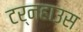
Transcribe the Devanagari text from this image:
टर्नहाउस